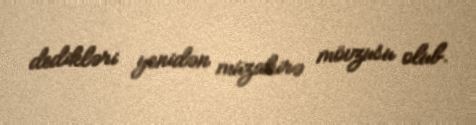
dedikləri yenidən müzakirə mövzusu olub.